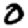
Digit: 0